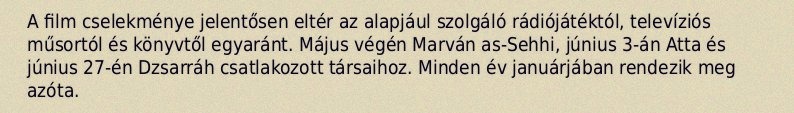
A film cselekménye jelentősen eltér az alapjául szolgáló rádiójátéktól, televíziós műsortól és könyvtől egyaránt. Május végén Marván as-Sehhi, június 3-án Atta és június 27-én Dzsarráh csatlakozott társaihoz. Minden év januárjában rendezik meg azóta.